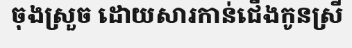
ចុងស្រួច ដោយសារកាន់ជើងកូនស្រី